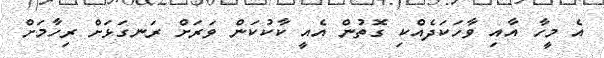
އެ މީހާ އާއި ވާހަކަދެއްކި ގޮތުން އެއީ ކާކުކަން ވަރަށް ރަނގަޅަށް ރިހާމަށް